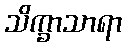
သိက္ခာသာရာ